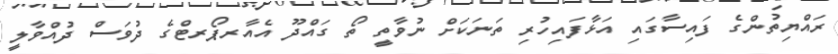
ރައްޔިތުންގެ ފައިސާގައި އަޅާފައިހުރި ތަނަކަށް ނުވާތީ ތޯ ގައްދޫ އެއާރޕޯރޓްގެ ދުވަސް ދުއްވާލީ